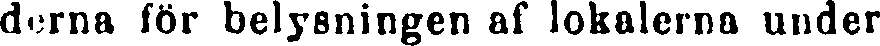
derna för belysningen af lokalerna under